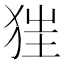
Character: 𤝵